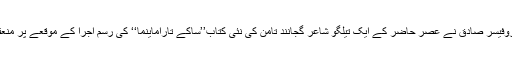
یہ وہ الفاظ ہیں جو پروفیسر صادق نے عصرِ حاضر کے ایک تیلگو شاعر گجانند تامن کی نئی کتاب’’ساکے تاراماینما‘‘ کی رسمِ اجرا کے موقعے پر منعقدہ تقریب میں کہے۔